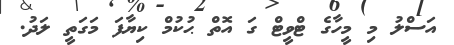
އަސްލު މި މީހާގެ ޓްވީޓް ގަ އޮތް ޙުކުމް ކިޔާފަ މަގަތީ ލަދު.